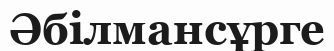
Әбілмансұрге